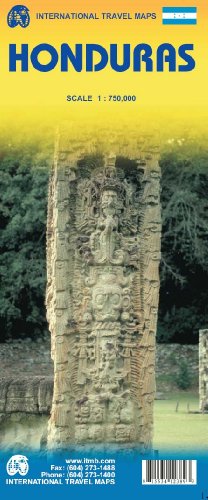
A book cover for Honduras 1:750,000 & Tegucigalpa Travel Map; ITM Canada; Travel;